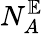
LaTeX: N_{A}^{\mathbb{E}}